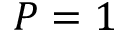
P = 1